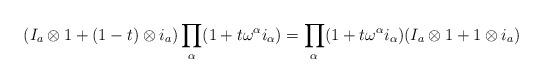
LaTeX: \begin{align*}(I_a \otimes 1 + (1-t) \otimes i_a) \prod_\alpha(1+ t\omega^\alpha i_\alpha) = \prod_\alpha (1+ t\omega^\alpha i_\alpha)(I_a \otimes 1 + 1 \otimes i_a)\end{align*}